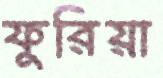
ফুরিয়া